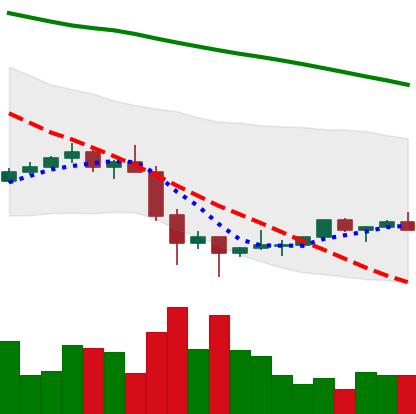
Ticker: TRX-USD
Chart end date: 2022-02-02
Forward return: 16.908%
Label: up_7plus